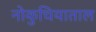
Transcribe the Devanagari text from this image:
नोकुचियाताल